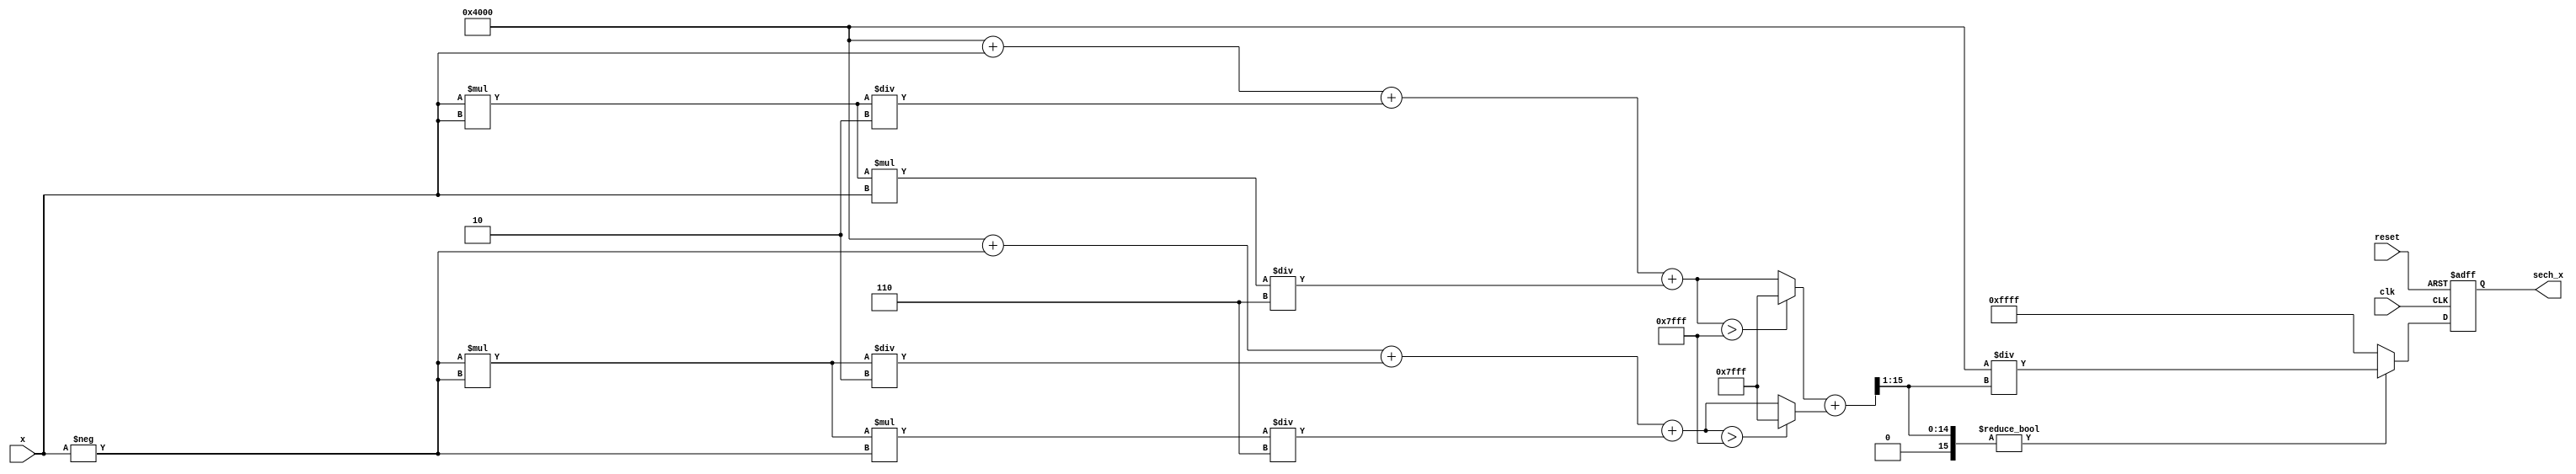
module hyperbolic_secant (
    input wire [15:0] x,         // Fixed-point input (e.g., 1.15 format)
    output reg [15:0] sech_x,    // Fixed-point output (e.g., 1.15 format)
    input wire clk,
    input wire reset
);

    wire [15:0] exp_x;          // e^x
    wire [15:0] exp_neg_x;      // e^-x
    wire [15:0] cosh_x;         // cosh(x)
    reg valid;                  // Valid signal for output

    // Exponential calculation (placeholder)
    // Replace this with a proper implementation
    function [15:0] exp;
        input [15:0] val;
        begin
            // Simple Taylor series approximation for e^x
            // Note: This is a naive implementation; optimize it for your needs
            exp = (16'h4000 + val + (val * val) / 16'h0002 + (val * val * val) / 16'h0006);
            // Limit the output for this example
            if (exp > 16'h7FFF) exp = 16'h7FFF; // Saturation for overflow
        end
    endfunction

    // Calculate e^x and e^-x
    assign exp_x = exp(x);
    assign exp_neg_x = exp(-x); // You can implement this differently for efficiency

    // Calculate cosh(x) = (e^x + e^-x) / 2
    assign cosh_x = (exp_x + exp_neg_x) >> 1;

    // Calculate sech(x) = 1 / cosh(x)
    always @(posedge clk or posedge reset) begin
        if (reset) begin
            sech_x <= 16'h0000; // Reset output
            valid <= 1'b0;
        end else begin
            if (cosh_x != 16'h0000) begin // Avoid division by zero
                sech_x <= (16'h4000 / cosh_x); // Fixed-point reciprocal (1/2^14)
                valid <= 1'b1;
            end else begin
                sech_x <= 16'hFFFF; // Error value for undefined sech
                valid <= 1'b0;
            end
        end
    end

endmodule